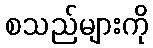
စသည်များကို